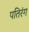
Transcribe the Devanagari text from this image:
पतिरंग